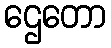
ဌေတော